Document type: Sale
Year: 1235
Scribe: Pere de Bages
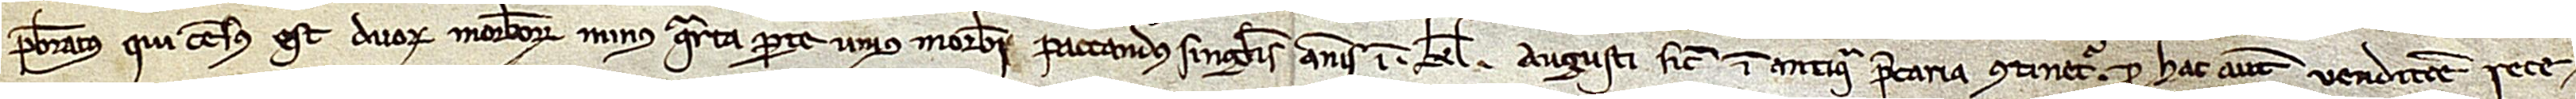
presbiteratus. Qui census est duorum morabatinorum minus quarta parte unius morabatini paccandus singulis annis in kalendas augusti, sicut in antiqua precaria continetur. Pro hac autem venditione rece-